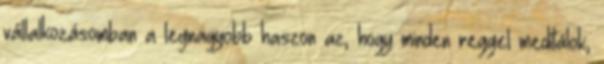
vállalkozásomban a legnagyobb haszon az, hogy minden reggel meditálok,